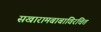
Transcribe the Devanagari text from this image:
सखारामबाबाविरचित